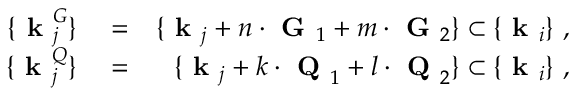
\begin{array} { r l r } { \{ \textbf { k } _ { j } ^ { G } \} } & { { } = } & { \{ \textbf { k } _ { j } + n \cdot \textbf { G } _ { 1 } + m \cdot \textbf { G } _ { 2 } \} \subset \{ \textbf { k } _ { i } \} ~ , } \\ { \{ \textbf { k } _ { j } ^ { Q } \} } & { { } = } & { \{ \textbf { k } _ { j } + k \cdot \textbf { Q } _ { 1 } + l \cdot \textbf { Q } _ { 2 } \} \subset \{ \textbf { k } _ { i } \} ~ , } \end{array}